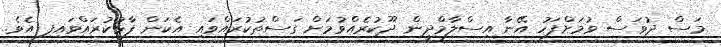
މަސް ދުވަސް ވުމަށްފަހު އޭނާ އިސްލާމްދީން ދޫކުރެއްވުމަށް ގަސްތުކުރައްވައި އެކަން ފާޅުކުރައްވައިފި އެވެ.